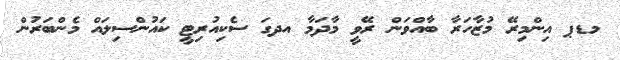
މޑޕ އިންމިރޭ މުޒާހަރާ ބާއްވަން ރޭވީ މާދަމާ އދގަ ސެކިއުރިޓީ ކައުންސިލައް މެންބަރުން